Report on enteric fever
Disease focus: Fever
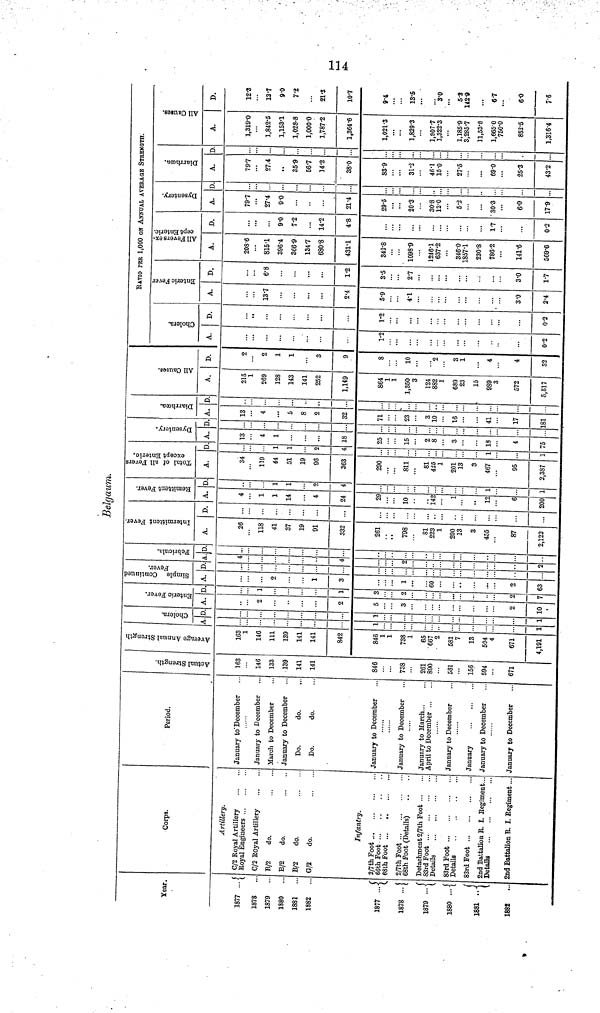
Belgaum.
Year.
1877 ...
1878
1879
..
1880
.
1881
1882
1877 ...{
1878 ... [
1879
1880 ..
1881
1882
...
Corps.
Artillery.
C/2 Royal Artillery
Royal Engineers
C/2 Royal Artillery
B/2
do.
B/2
do.
B/2
do.
G/2
do.
Infantry.
2/7th Foot
66th Foot
68th Foot
2/7th Foot
68th Foot (Details)
Detachment 2/7th Foot
83rd Foot
Details
...
...
83rd Foot
Details
83rd Foot
2nd Battalion E. I. Regiment...
Details
2nd Battalion R. I. Regiment...
Period.
January to December
January to December
March to December
January to December
Do.
do.
Do.
do.
January to December
January to December
January to March...
April to December
January to December
January
January to December
January to December
Actual Strength
163
146
133
139
141
141
846
738
261
890
581
156
594
671
Average Annual Strength
163
1
146
111
139
141
141
842
846
1
1
738
1
65
667
2
581
7
13
594
4
671
4,191
Cholera
A.
1
1
D
1
1
Enteric Fever.
A.
2
2
5
3
2
10
D
1
1
3
2
2
7
Simple Continued Fever.
A.
2
1
3
1
60
2
63
D.
Febricula.
A.
4
4.
2.
2
D
..
..
.
Intermittent Fever.
.
A.
26
118
41
37
19
91
332
261
798
81
223
1
200
13
3
455
87
2,122
Remittent Fever.
D.
...
A.
4
1
1
14
4
24
29
10
142
1
12
6
200
D.
1
1
2
4
1
1
All Fevers except Enteric.
A.
34
119
44
51
19
96
363
290
811
81
425
1
201
13
3
467
95
2,387
Dysentery.
D
:
1
(
4
1
1
. A.
13
4
1
18
25
15
?.
8
3
18
4
75
D
Diarrhœa.
. A.
13
4
...
5
8
2
32
71
23
3
10
41
17
181
D
All Causes.
A.
215
1
269
128
143
141
252
1,149
864
1
1
1,350
3
124
882
1
689
23
15
989
3
572
5,517
D.
2
2
1
1
3
9
8
10
2
3
1
4
4
32
Cholera.
A.
1.2
0.2
D.
1.2
0.2
RATIO PER 1,000 ON ANNUAL AVERAGE STRENGTH.
Entric Fever.
A.
13.7
2.4
5.9
4.1
3.0
2.4
D.
6.8
1.2
3.5
2.7
3.0
1.7
All Fevers except Enteric.
A.
208.6
815.1
396.4
366.9
134.7
680.8
431.1
342.8
1098.9
1246.1
637.2
346.0
1857.1
230.8
786.2
141.6
569.6
D.
9.0
7.2
14.2
4.8
1.7
0.2
Dysentery.
A.
79.7
27.4
9.0
21.4
29.5
20.3
308
12.0
5.2
30.3
6.0
17.9
D
Diarrhoœa.
A.
79.7
27.4
,.
35.9
56.7
14.2
38.0
83.9
31.2
46.1
15.0
27.5
69.0
25.3
43.2
D
All Causes.
A.
1,319.0
1,842.5
1,153.1
1,028.8
1,000.0
1,787.2
1,364.6
1,021.3
1,829.3
1,907.7
1,322.3
1,185.9
3,285.7
11,53.8
1,6650
750.0
852.5
1,316.4
D.
12.3
13.7
90
7.2
21.3
10.7
9.4
13.6
3.0
5.2
142.9
6.7
6.0
7.6
114